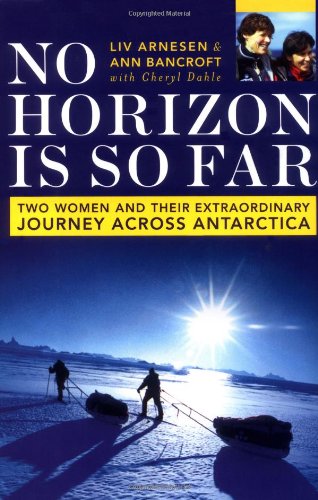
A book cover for No Horizon Is So Far: Two Women And Their Extraordinary Journey Across Antarctica; Ann Bancroft; History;